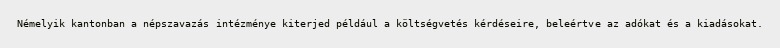
Némelyik kantonban a népszavazás intézménye kiterjed például a költségvetés kérdéseire, beleértve az adókat és a kiadásokat.